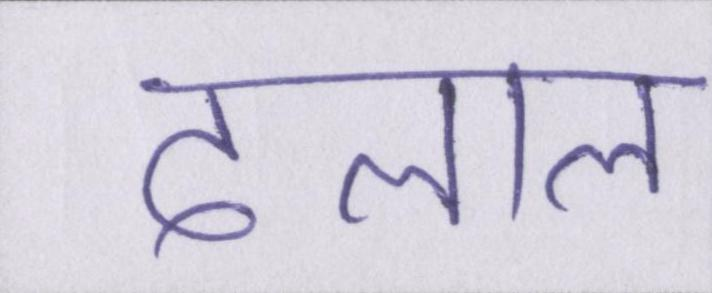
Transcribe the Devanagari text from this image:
दलाल